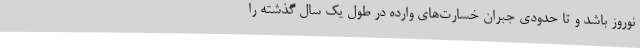
نوروز باشد و تا حدودی جبران خسارت‌های وارده در طول یک سال گذشته را